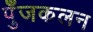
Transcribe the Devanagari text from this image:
पुँजकलन